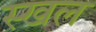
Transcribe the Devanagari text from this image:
स्खल